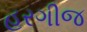
હરગીજ